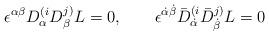
LaTeX: \begin{align*}\epsilon^{\alpha\beta} D^{(i}_{\alpha} D^{j)}_{\beta} L =0, \qquad \epsilon^{\dot\alpha\dot\beta} \bar D^{(i}_{\dot\alpha}\bar D^{j)}_{\dot\beta} L = 0\end{align*}